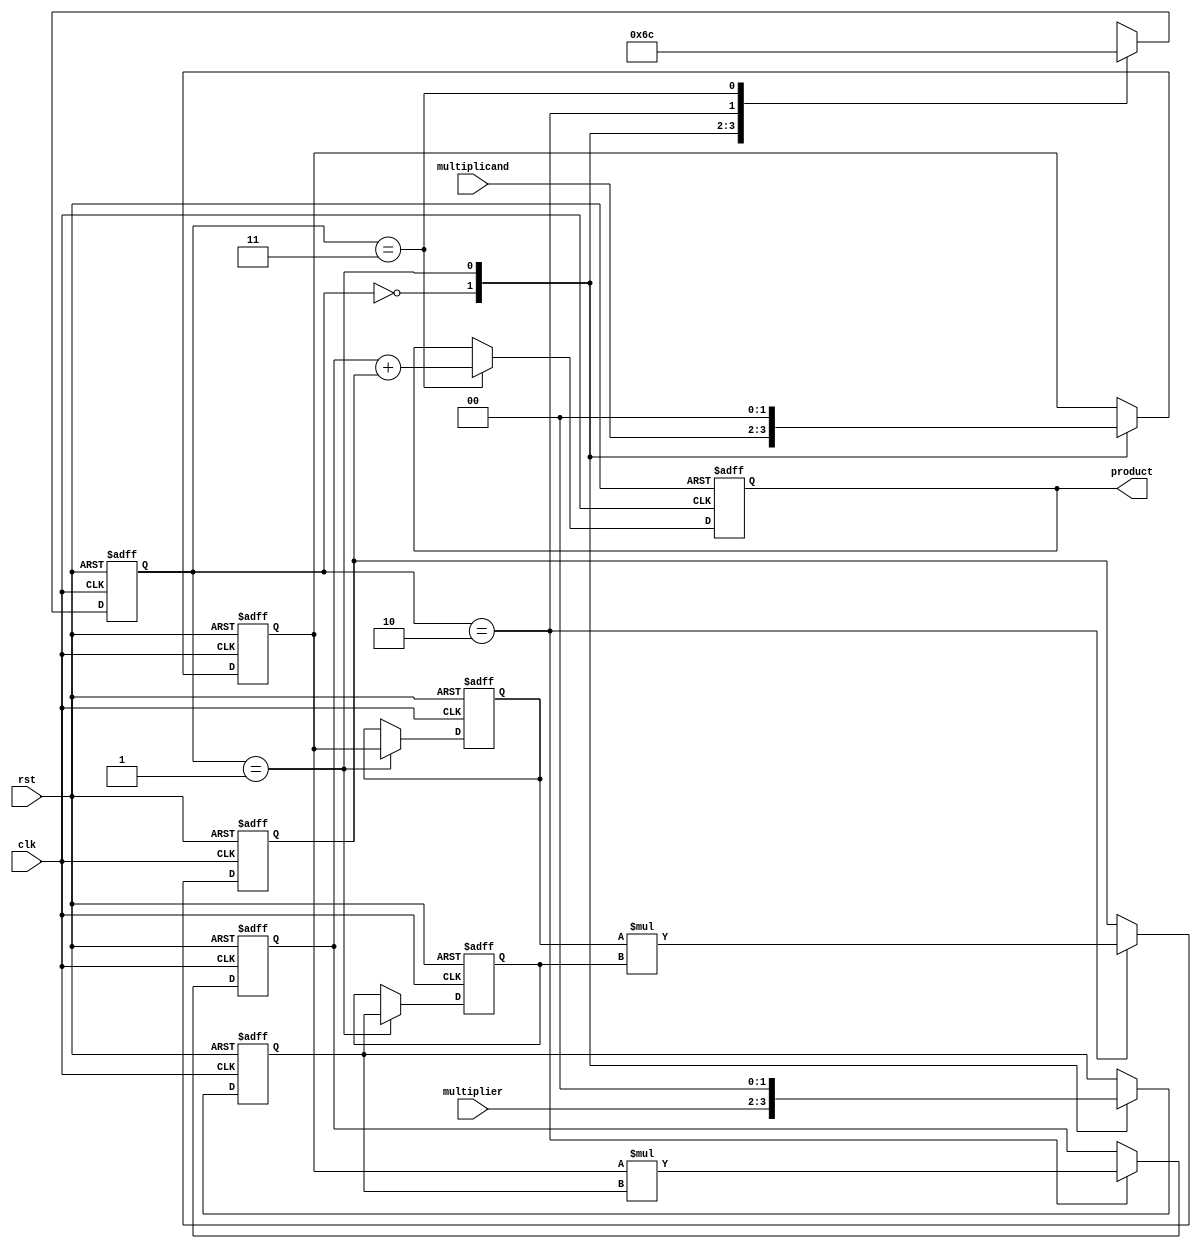
module systolic_multiplier (
    input clk,
    input rst,
    input [1:0] multiplicand, // 2-bit multiplicand
    input [1:0] multiplier,    // 2-bit multiplier
    output reg [3:0] product   // 4-bit product
);

    // Processing Element (PE) structure
    reg [1:0] pe_a[1:0]; // Inputs for multiplicand
    reg [1:0] pe_b[1:0]; // Inputs for multiplier
    reg [3:0] pe_result[1:0]; // Results from PEs

    // Control signals
    reg [1:0] state; // State for control logic
    reg [1:0] row, col; // Current position in the PE array

    // State definitions
    localparam IDLE = 2'b00, LOAD = 2'b01, COMPUTE = 2'b10, ACCUMULATE = 2'b11;

    always @(posedge clk or posedge rst) begin
        if (rst) begin
            // Reset all registers
            product <= 0;
            pe_a[0] <= 0; pe_a[1] <= 0;
            pe_b[0] <= 0; pe_b[1] <= 0;
            pe_result[0] <= 0; pe_result[1] <= 0;
            state <= IDLE;
            row <= 0; col <= 0;
        end else begin
            case (state)
                IDLE: begin
                    // Load inputs into the first row of PEs
                    pe_a[0] <= multiplicand; // Load multiplicand into PE0
                    pe_b[0] <= multiplier;    // Load multiplier into PE0
                    state <= LOAD;
                end

                LOAD: begin
                    // Shift inputs into PEs
                    pe_a[1] <= pe_a[0]; // Shift multiplicand to PE1
                    pe_b[1] <= pe_b[0]; // Shift multiplier to PE1
                    pe_a[0] <= 0;       // Clear PE0 after shifting
                    pe_b[0] <= 0;       // Clear PE0 after shifting
                    state <= COMPUTE;
                end

                COMPUTE: begin
                    // Compute partial products
                    pe_result[0] <= pe_a[0] * pe_b[0]; // PE0 computes
                    pe_result[1] <= pe_a[1] * pe_b[1]; // PE1 computes
                    state <= ACCUMULATE;
                end

                ACCUMULATE: begin
                    // Accumulate results
                    product <= pe_result[0] + pe_result[1]; // Final product
                    state <= IDLE; // Go back to IDLE
                end

                default: state <= IDLE; // Default case
            endcase
        end
    end
endmodule